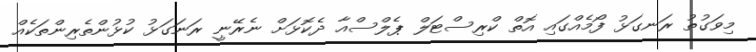
މިވަގުތު ރަނގަޅު ފޯމެއްގައި އޮތް ކްރިސްޓަލް ޕެލްސްއާ ދެކޮޅަށް ނެރޭނީ ރަނަގަޅު ކުޅުންތެރިންތަކެއް